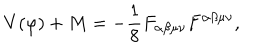
V ( \varphi ) + M = - \frac { 1 } { 8 } F _ { \alpha \beta \mu \nu } F ^ { \alpha \beta \mu \nu } ,